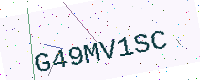
Text: G49MV1SC